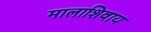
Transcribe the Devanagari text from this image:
मालाशिवाय